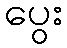
ပွေး